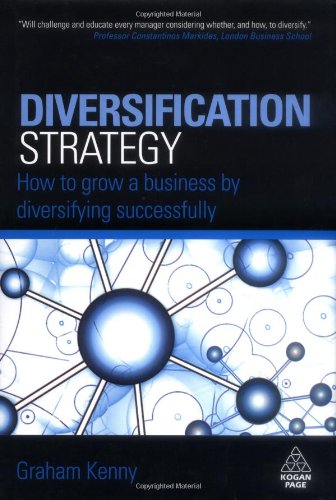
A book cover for Diversification Strategy: How to Grow a Business by Diversifying Successfully; Graham Kenny; Business & Money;